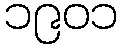
၁၉၀၁